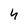
Character: 4